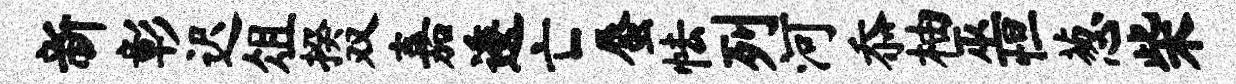
新彰迟俎揆双嘉逶亡蜃怯列河忝柚巫怛葱柴